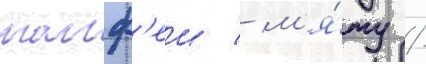
шалф'еи / м'я́ту /